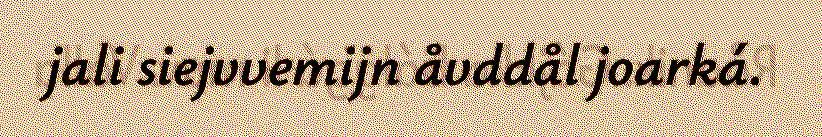
jali siejvvemijn åvddål joarká.